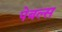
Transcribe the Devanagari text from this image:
पेबल्स